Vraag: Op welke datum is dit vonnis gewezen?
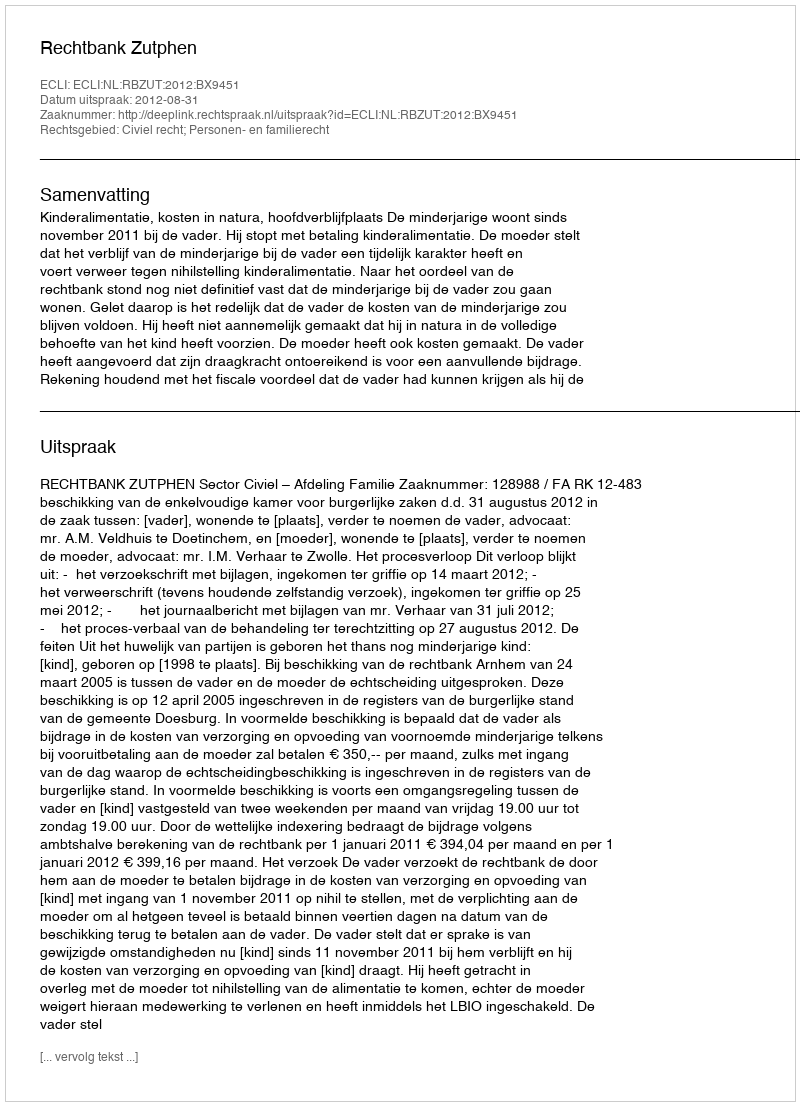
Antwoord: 2012-08-31